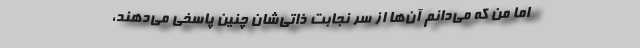
اما من که می‌دانم آن‌ها از سرِ نجابت ذاتی‌شان چنین پاسخی می‌دهند،